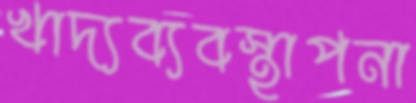
খাদ্যব্যবস্থাপনা